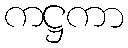
ကဋ္ဌကာ